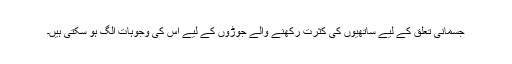
جسمانی تعلق کے لیے ساتھیوں کی کثرت رکھنے والے جوڑوں کے لیے اس کی وجوہات الگ ہو سکتی ہیں۔